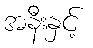
အနီးနှင့်